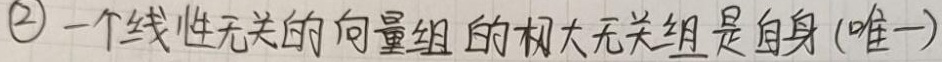
\(2\) 一个线性无关的向量组的极大无关组是自身 (唯一)